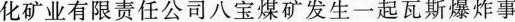
化矿业有限责任公司八宝煤矿发生一起瓦斯爆炸事